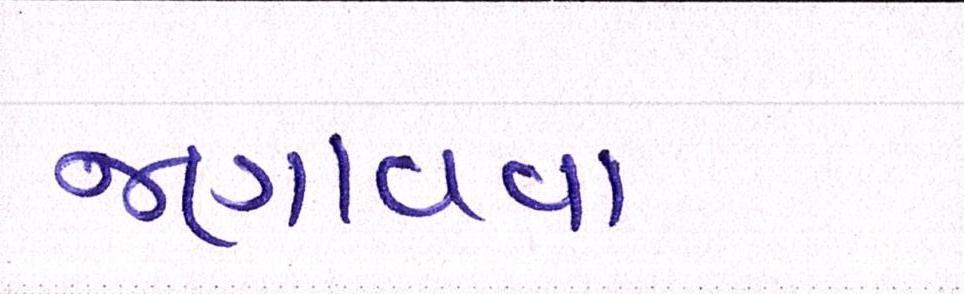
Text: જણાવવા